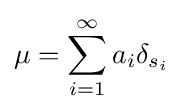
\mu =\sum _{i=1}^{\infty }a_{i}\delta _{s_{i}}